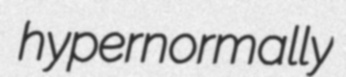
hypernormally